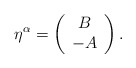
\begin{align*}\eta^{\alpha} =\left(\begin{array}{c} B\\ -A\end{array} \right).\end{align*}